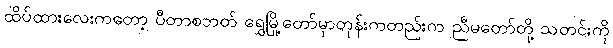
ထိပ်ထားလေးကတော့ ပီတာစဘတ် ရွှေမြို့တော်မှာတုန်းကတည်းက ညီမတော်တို့ သတင်းကို